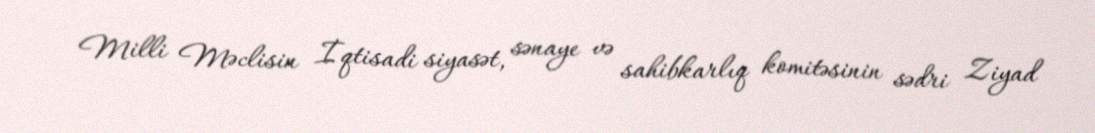
Milli Məclisin İqtisadi siyasət, sənaye və sahibkarlıq komitəsinin sədri Ziyad